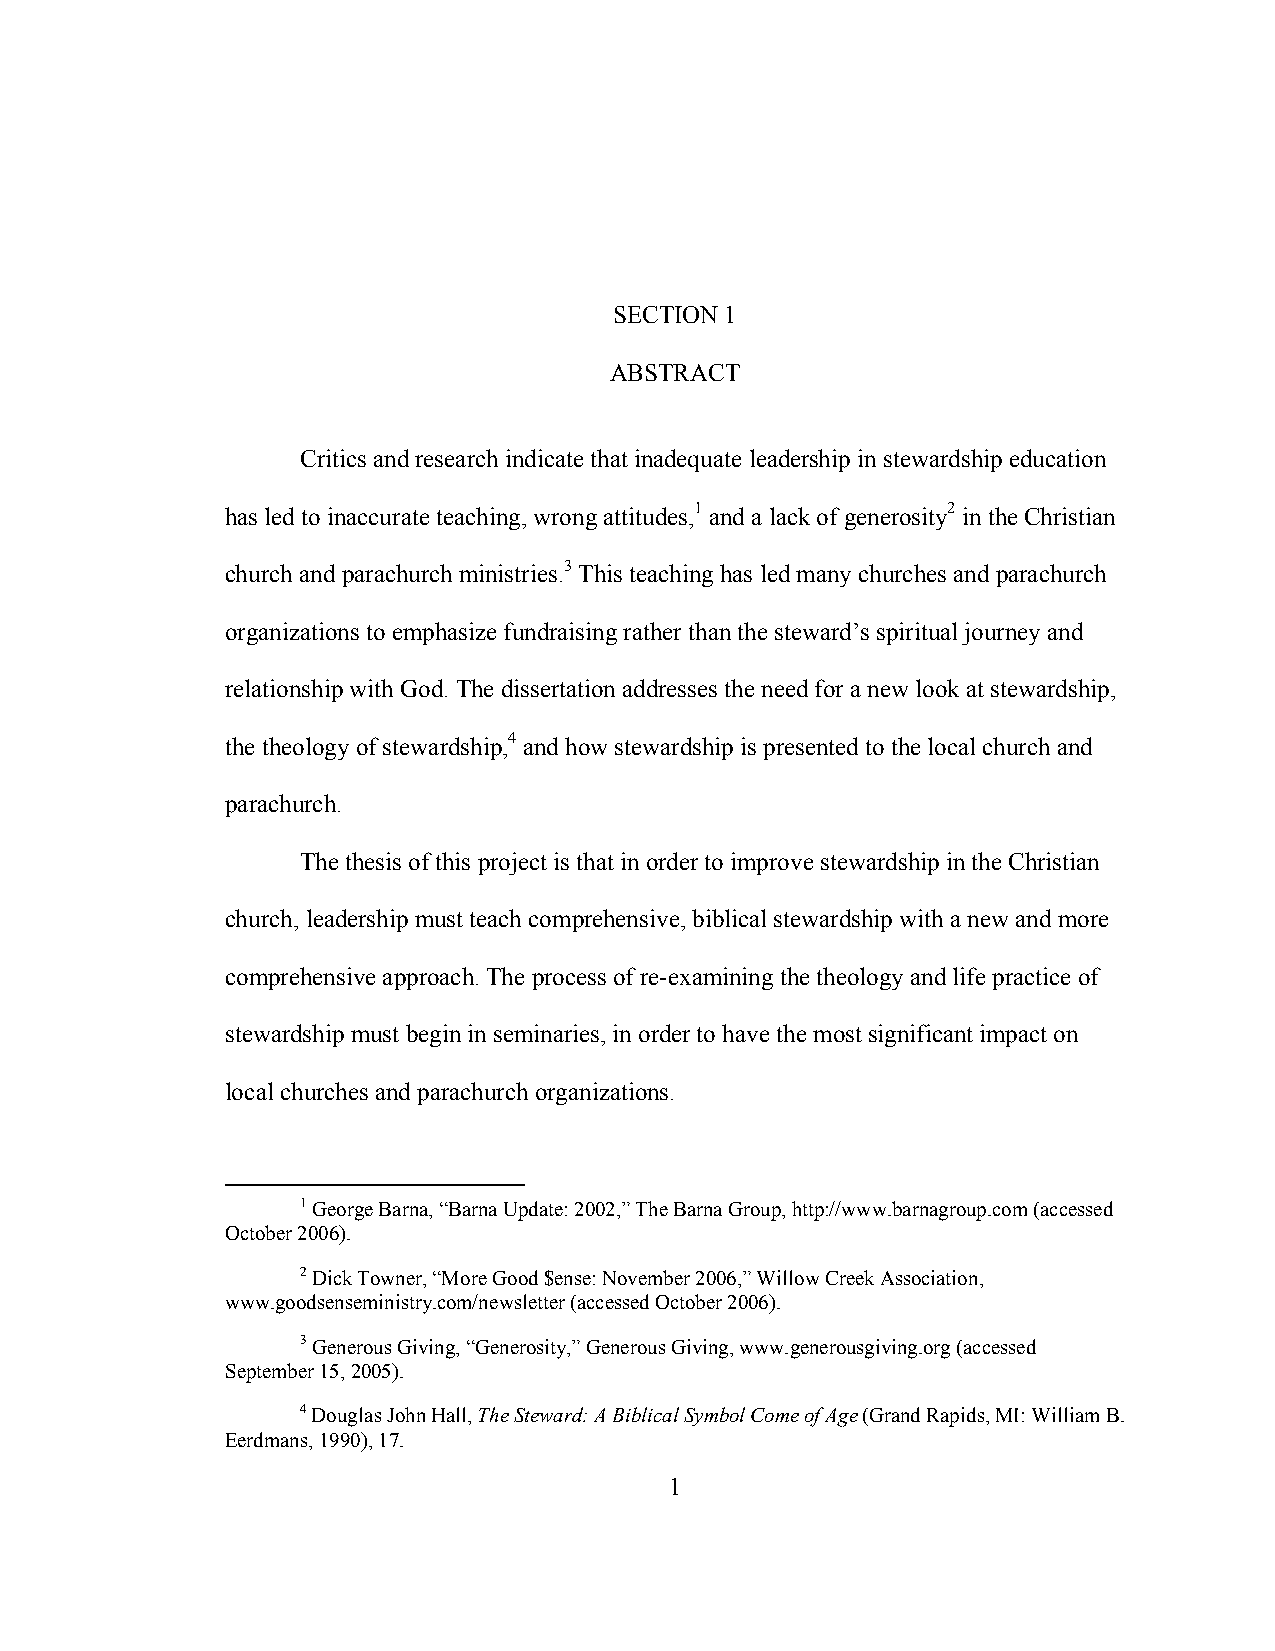
SECTION 1
 ABSTRACT
 Critics and research indicate that inadequate leadership in stewardship education
 has led to inaccurate teaching, wrong attitudes,1 and a lack of generosity2 in the Christian
 church and parachurch ministries.3 This teaching has led many churches and parachurch
 organizations to emphasize fundraising rather than the steward’s spiritual journey and
 relationship with God. The dissertation addresses the need for a new look at stewardship,
 the theology of stewardship,4 and how stewardship is presented to the local church and
 parachurch.
 The thesis of this project is that in order to improve stewardship in the Christian
 church, leadership must teach comprehensive, biblical stewardship with a new and more
 comprehensive approach. The process of re-examining the theology and life practice of
 stewardship must begin in seminaries, in order to have the most significant impact on
 local churches and parachurch organizations.
 1 George Barna, “Barna Update: 2002,” The Barna Group, http://www.barnagroup.com (accessed
 October 2006).
 2 Dick Towner, “More Good $ense: November 2006,” Willow Creek Association,
 www.goodsenseministry.com/newsletter (accessed October 2006).
 3 Generous Giving, “Generosity,” Generous Giving, www.generousgiving.org (accessed
 September 15, 2005).
 4 Douglas John Hall, The Steward: A Biblical Symbol Come of Age (Grand Rapids, MI: William B.
 Eerdmans, 1990), 17.
 1